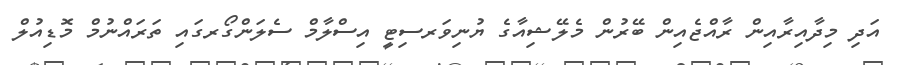
އަދި މިދާއިރާއިން ރާއްޖެއިން ބޭރުން މެލޭޝިއާގެ ޔުނިވަރސިޓީ އިސްލާމް ސެލަންގޯރގައި ތަރައްނުމް މޮޑިއުލް